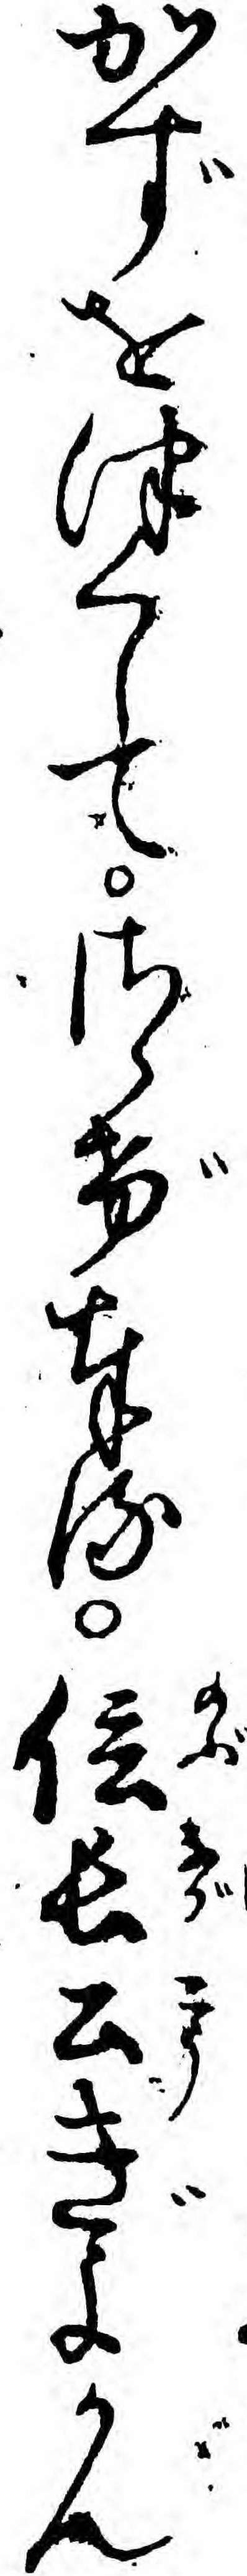
かずをつくしてさゝげ奉る信長公ぎよかん